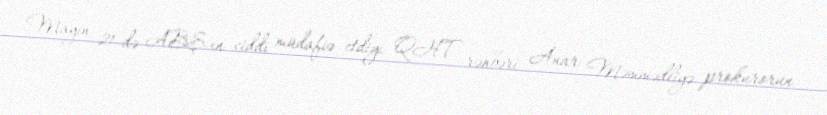
Mayın 21-də ABŞ-ın ciddi müdafiə etdiyi QHT rəhbəri Anar Məmmədliyə prokurorun